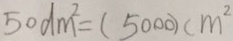
5 0 d m ^ { 2 } = ( 5 0 0 0 ) c m ^ { 2 }